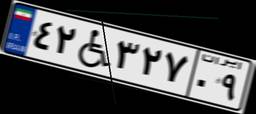
۴۲W۳۲۷۰۹